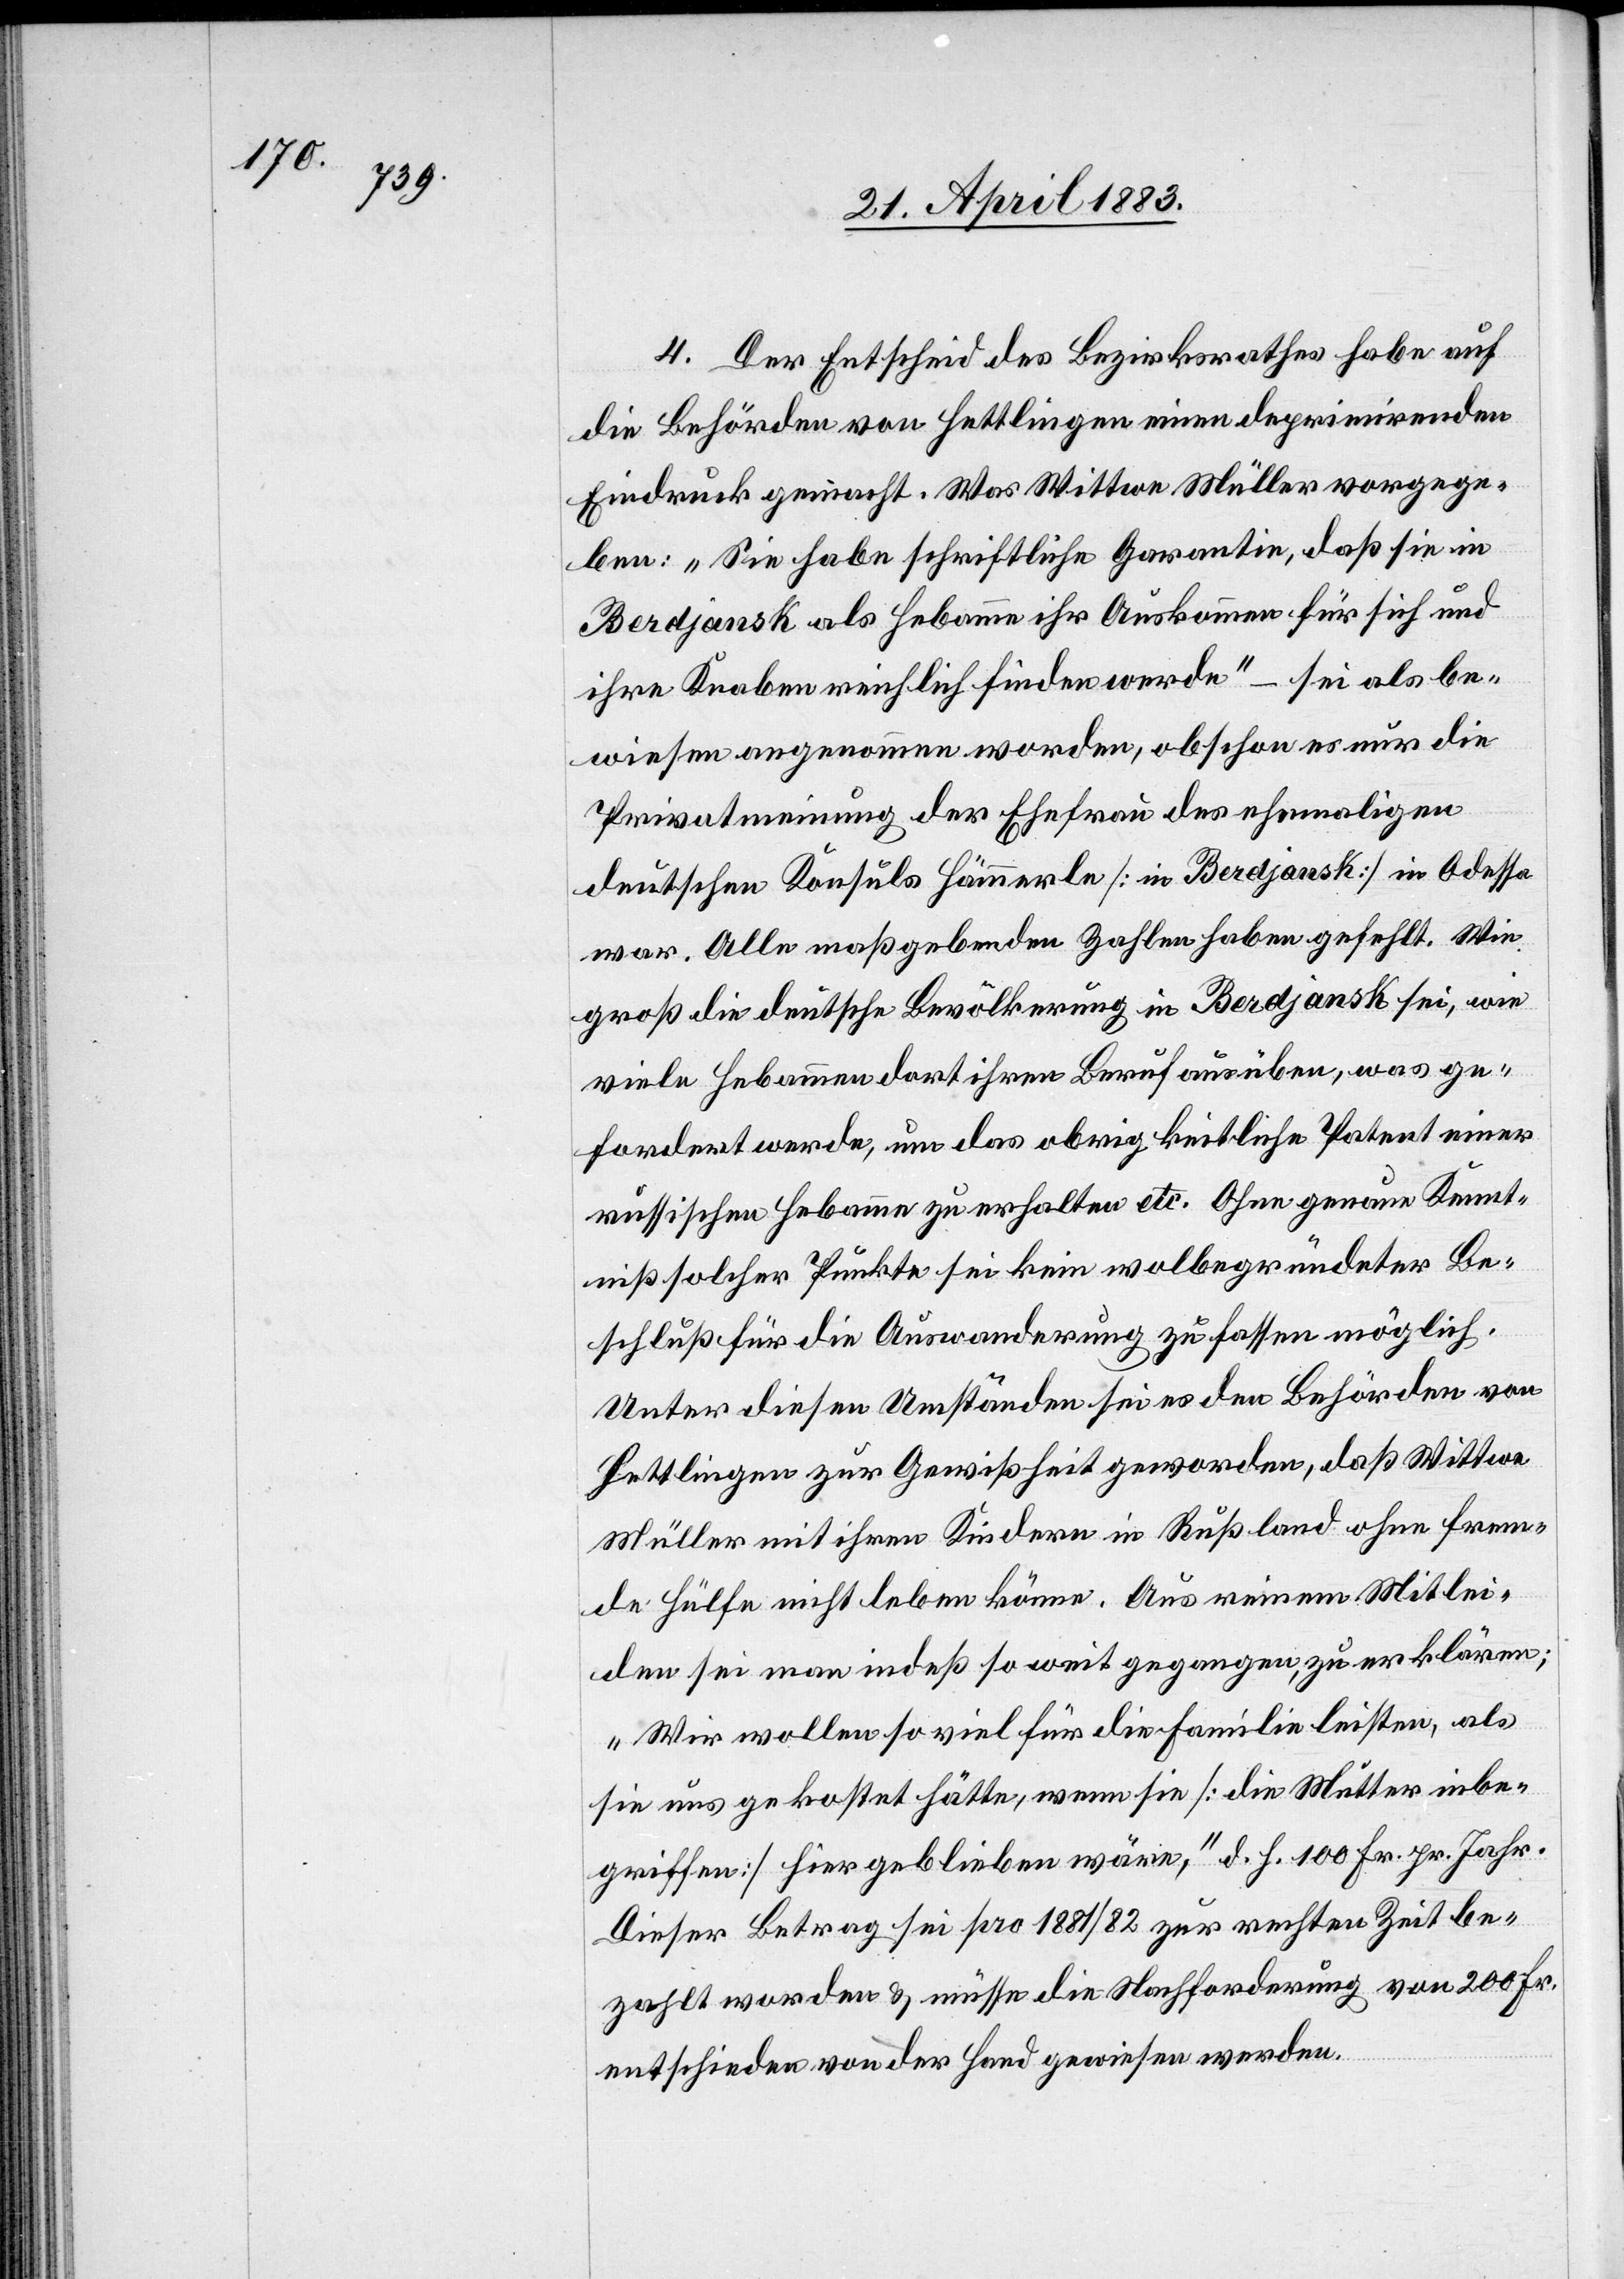
4. Der Entscheid des Bezirksrathes habe auf
die Behörden von Hettlingen einen deprimirenden
Eindruck gemacht. Was Wittwe Müller vorgege¬
ben: „Sie habe schriftliche Garantie, daß sie in
Berdjansk als Hebamme ihr Auskommen für sich und
ihre Knaben reichlich finden werde“ – sei als be¬
wiesen angenommen worden, obschon er nur die
Privatmeinung der Ehefrau des ehemaligen
deutschen Konsuls Hämmerle [in Berdjansk] in Odessa
war. Alle maßgebenden Zahlen haben gefehlt. Wie
groß die deutsche Bevölkerung in Berdjansk sei, wie
viele Hebammen dort ihren Beruf ausüben, was ge¬
fordert werde, um das obrigkeitliche Patent einer
russischen Hebamme zu erhalten etc. Ohne genaue Kennt¬
niß solcher Punkte sei kein wolbegründeter Be¬
schluß für die Auswanderung zu fassen möglich.
Unter diesen Umständen sei es den Behörden von
Hettlingen zur Gewissheit geworden, daß Wittwe
Müller mit ihren Kindern in Rußland ohne frem¬
de Hülfe nicht leben könne. Aus reinem Mitlei¬
den sei man indeßen so weit gegangen, zu erklären;
„Wir wollen so viel für die Familie leisten, als
sie uns gekostet hätte, wenn sie [die Mutter inbe¬
griffen] hier geblieben wäre,“ d. h. 100 Fr. pr. Jahr.
Dieser Betrag sei pro 1881/82 zur rechten Zeit be¬
zahlt worden & müsse die Nachforderung von 200 Fr.
entschieden von der Hand gewiesen werden.